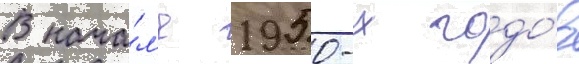
В нача́л'е 1950-х годо́в